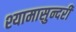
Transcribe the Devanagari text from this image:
श्यामासुन्दरी